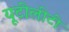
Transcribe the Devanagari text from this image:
यूटीलीटी